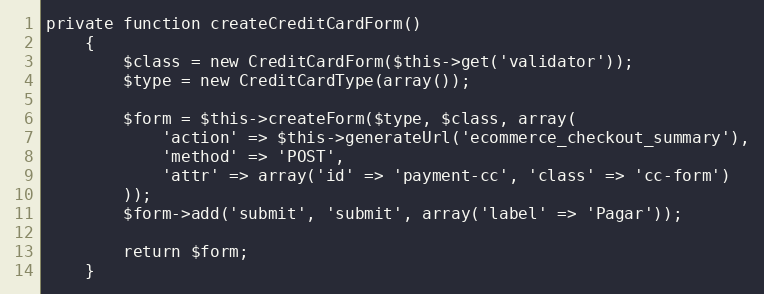
Language: PHP
private function createCreditCardForm()
    {
        $class = new CreditCardForm($this->get('validator'));
        $type = new CreditCardType(array());

        $form = $this->createForm($type, $class, array(
            'action' => $this->generateUrl('ecommerce_checkout_summary'),
            'method' => 'POST',
            'attr' => array('id' => 'payment-cc', 'class' => 'cc-form')
        ));
        $form->add('submit', 'submit', array('label' => 'Pagar'));

        return $form;
    }